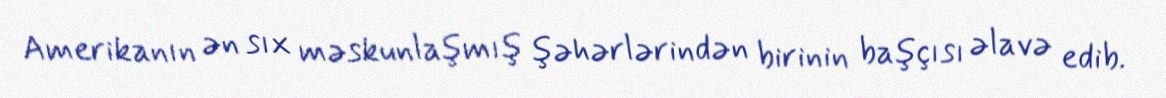
Amerikanın ən sıx məskunlaşmış şəhərlərindən birinin başçısı əlavə edib.